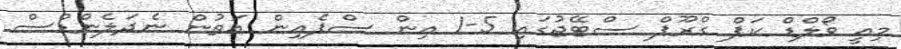
މިއީ ވޯލްޑް ކަޕް ގްރޫޕް ސްޓޭޖުގައި 5-1 އިން ސްޕެއިން އަތުން ނެދަލެންޑްސް